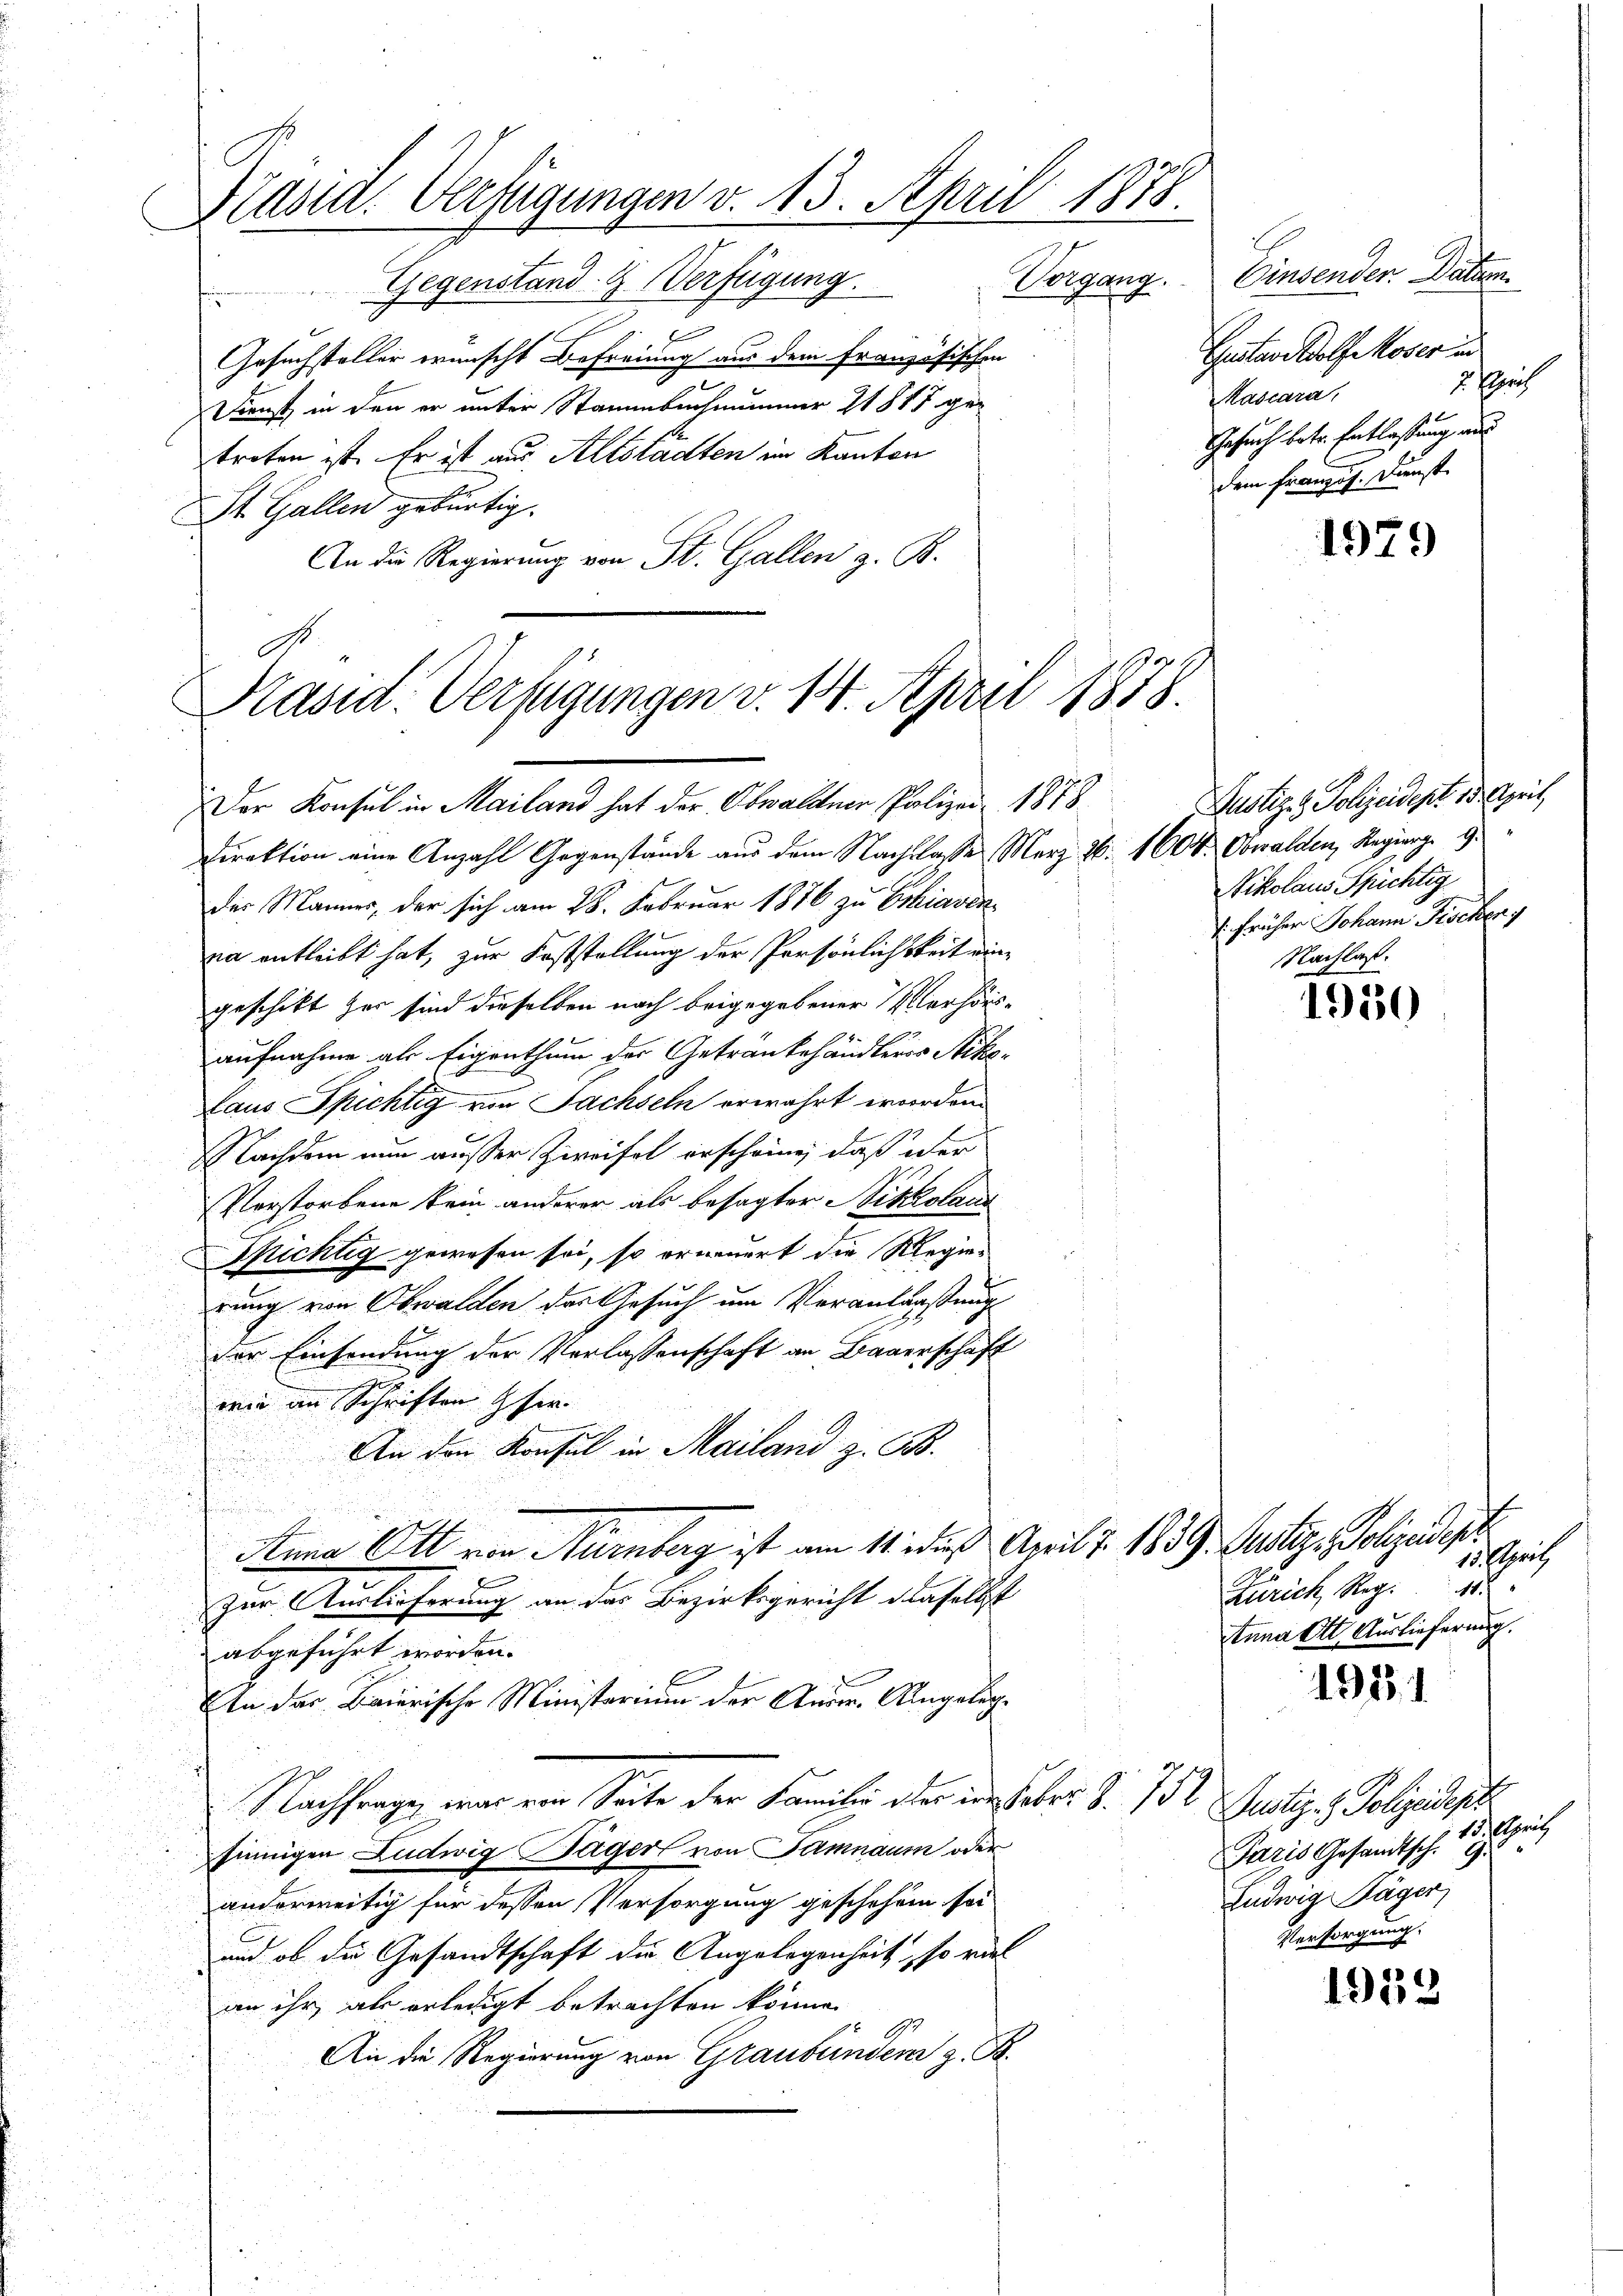
Präsid. Verfügungen v. 13. April 1878.
Gegenstand & Verfügung. Vorgang. Einsender Datum

Gesuchsteller wünscht Befreiung aus dem französischen
a
Dienst in den er unter Stammbachmanner 21815 getreten ist. Er ist aus Altstädten im Kanton
St. Gallen gebürtig.
An die Regierung von St. Gallen z. B.

Präsid. Verfügungen v. 14. April 1878.
Der Konsul in Mailand hat der Obwaldner Polizei 1878

Direktion eine Anzahl Gegenstände aus dem Nachklasse Merz 26. 1604, Obwalden, Regierge 9.
der Mannes, der sich am 28. Februar 1876 zu Eskiaven
na entleibt hat, zur Feststellung der Persönlichkeit eingeschikt zur sind dieselben nach beigegebener Verhörsaufnahme als Eigenthum des Getrankehändleros Stiko¬
Laus Spichtig von Sachseln erwahrt worden.
Nachdem nun außer Zweifel erscheine, daß über
Verstorbene kein anderer als besagter Nikolaus
Spichtig gewesen sei, so erneuert die Regierung von Obwalden der Gesuch um Veranlaaßung
der Einsendung der Verlassenschaft an Bauerschaft
wie an Schriften her.
An den Konsul in Mailand z. B.
Anna Ott von Nürnberg ist am 11. daß Amil 7. 1839. Justiz- Polizeidep
Zur Auslieferung an das Bezirksgericht dieselbst
abgeführt worden.
An der Baierische Ministerium der Aurm. Angeleg¬
Nachfrage, war von Seite der Familie der den Feber. S. 752. Justiz- & Polizeidept
sinnigen Ludwig Tager von Samnaum oder
anderweitig für dessen Versorgung geschehen sei
und ob die Gesandtschaft die Angelegenheit, so viel
an ihr, als erledigt betrachten könne.
An die Regierung von Graubünden z. B.

Gustav Adolf Moser und
2 Errich
Kascara,
Gesuch betr. Entlassung und
dem Franzig Kunste

1979

Justiz- & Polizeident oder zeit,
Nikolaus Sprichtig
1 früher Johann Fischen
Nachlaß.

1950

15. April,
Zürich, Reg.
tnna St. Auslieferung.

1981

15. April
Paris Gesandtsch. G
Ludwig Täger,
Versorgung.

1959